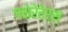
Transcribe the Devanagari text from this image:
गथेरेरेर्स्